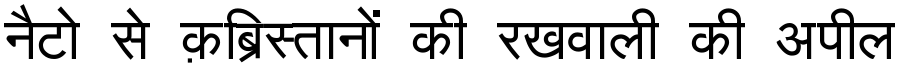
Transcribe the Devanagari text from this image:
नैटो से क़ब्रिस्तानों की रखवाली की अपील